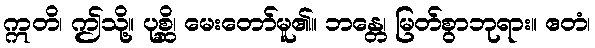
ဣတိ၊ ဤသို့။ ပုစ္ဆိ၊ မေးတော်မူ၏။ ဘန္တေ၊ မြတ်စွာဘုရား။ ဧတံ၊